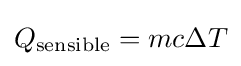
Q_{\text{sensible}}=mc\Delta T